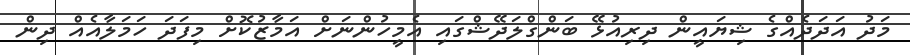
މަދު އަދަދެއްގެ ޝިޔައީން ދިރިއުޅޭ ބަންގްލަދޭޝްގައި އެމީހުންނަށް އަމާޒުކޮށް މިފަދަ ހަމަލާއެއް ދިން